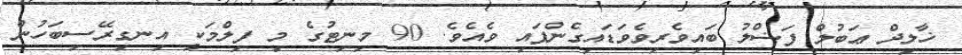
ޚާލިދް ޢަބުލް ފަޟްލު ބައިވެރިވެވަޑައިގެންފައި ވެއެވެ. 90 މިނިޓުގެ މި ފިލްމަކީ އިނގިރޭސިބަހުން